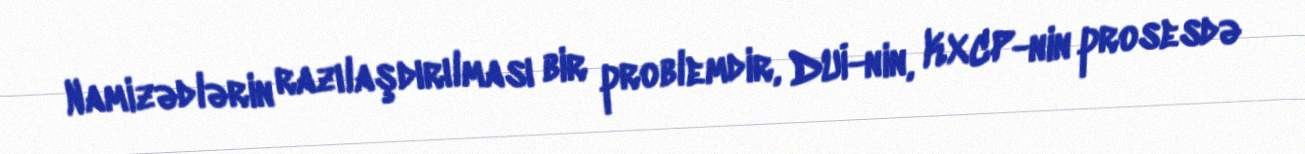
Namizədlərin razılaşdırılması bir problemdir, DUİ-nin, KXCP-nin prosesdə